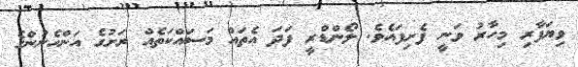
ވިޔަފާރި މިހާރު ވަނީ ފެށިފައެވެ. ލޯންޑްރީ ފަދަ އެތައް މަސައްކަތެއް ރަށުގެ އަންހެނުންގެ